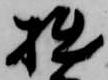
拙